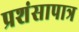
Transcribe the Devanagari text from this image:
प्रशंसापात्र